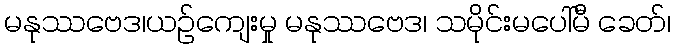
မနုဿဗေဒ၊ယဉ်ကျေးမှု မနုဿဗေဒ၊ သမိုင်းမပေါ်မီ ခေတ်၊